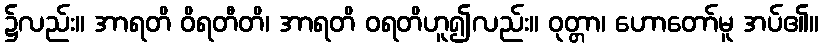
၌လည်း။ အာရတိ ဝိရတီတိ၊ အာရတိ ဝရတိဟူ၍လည်း။ ဝုတ္တာ၊ ဟောတော်မူ အပ်၏။